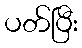
ပတ်ပြီး